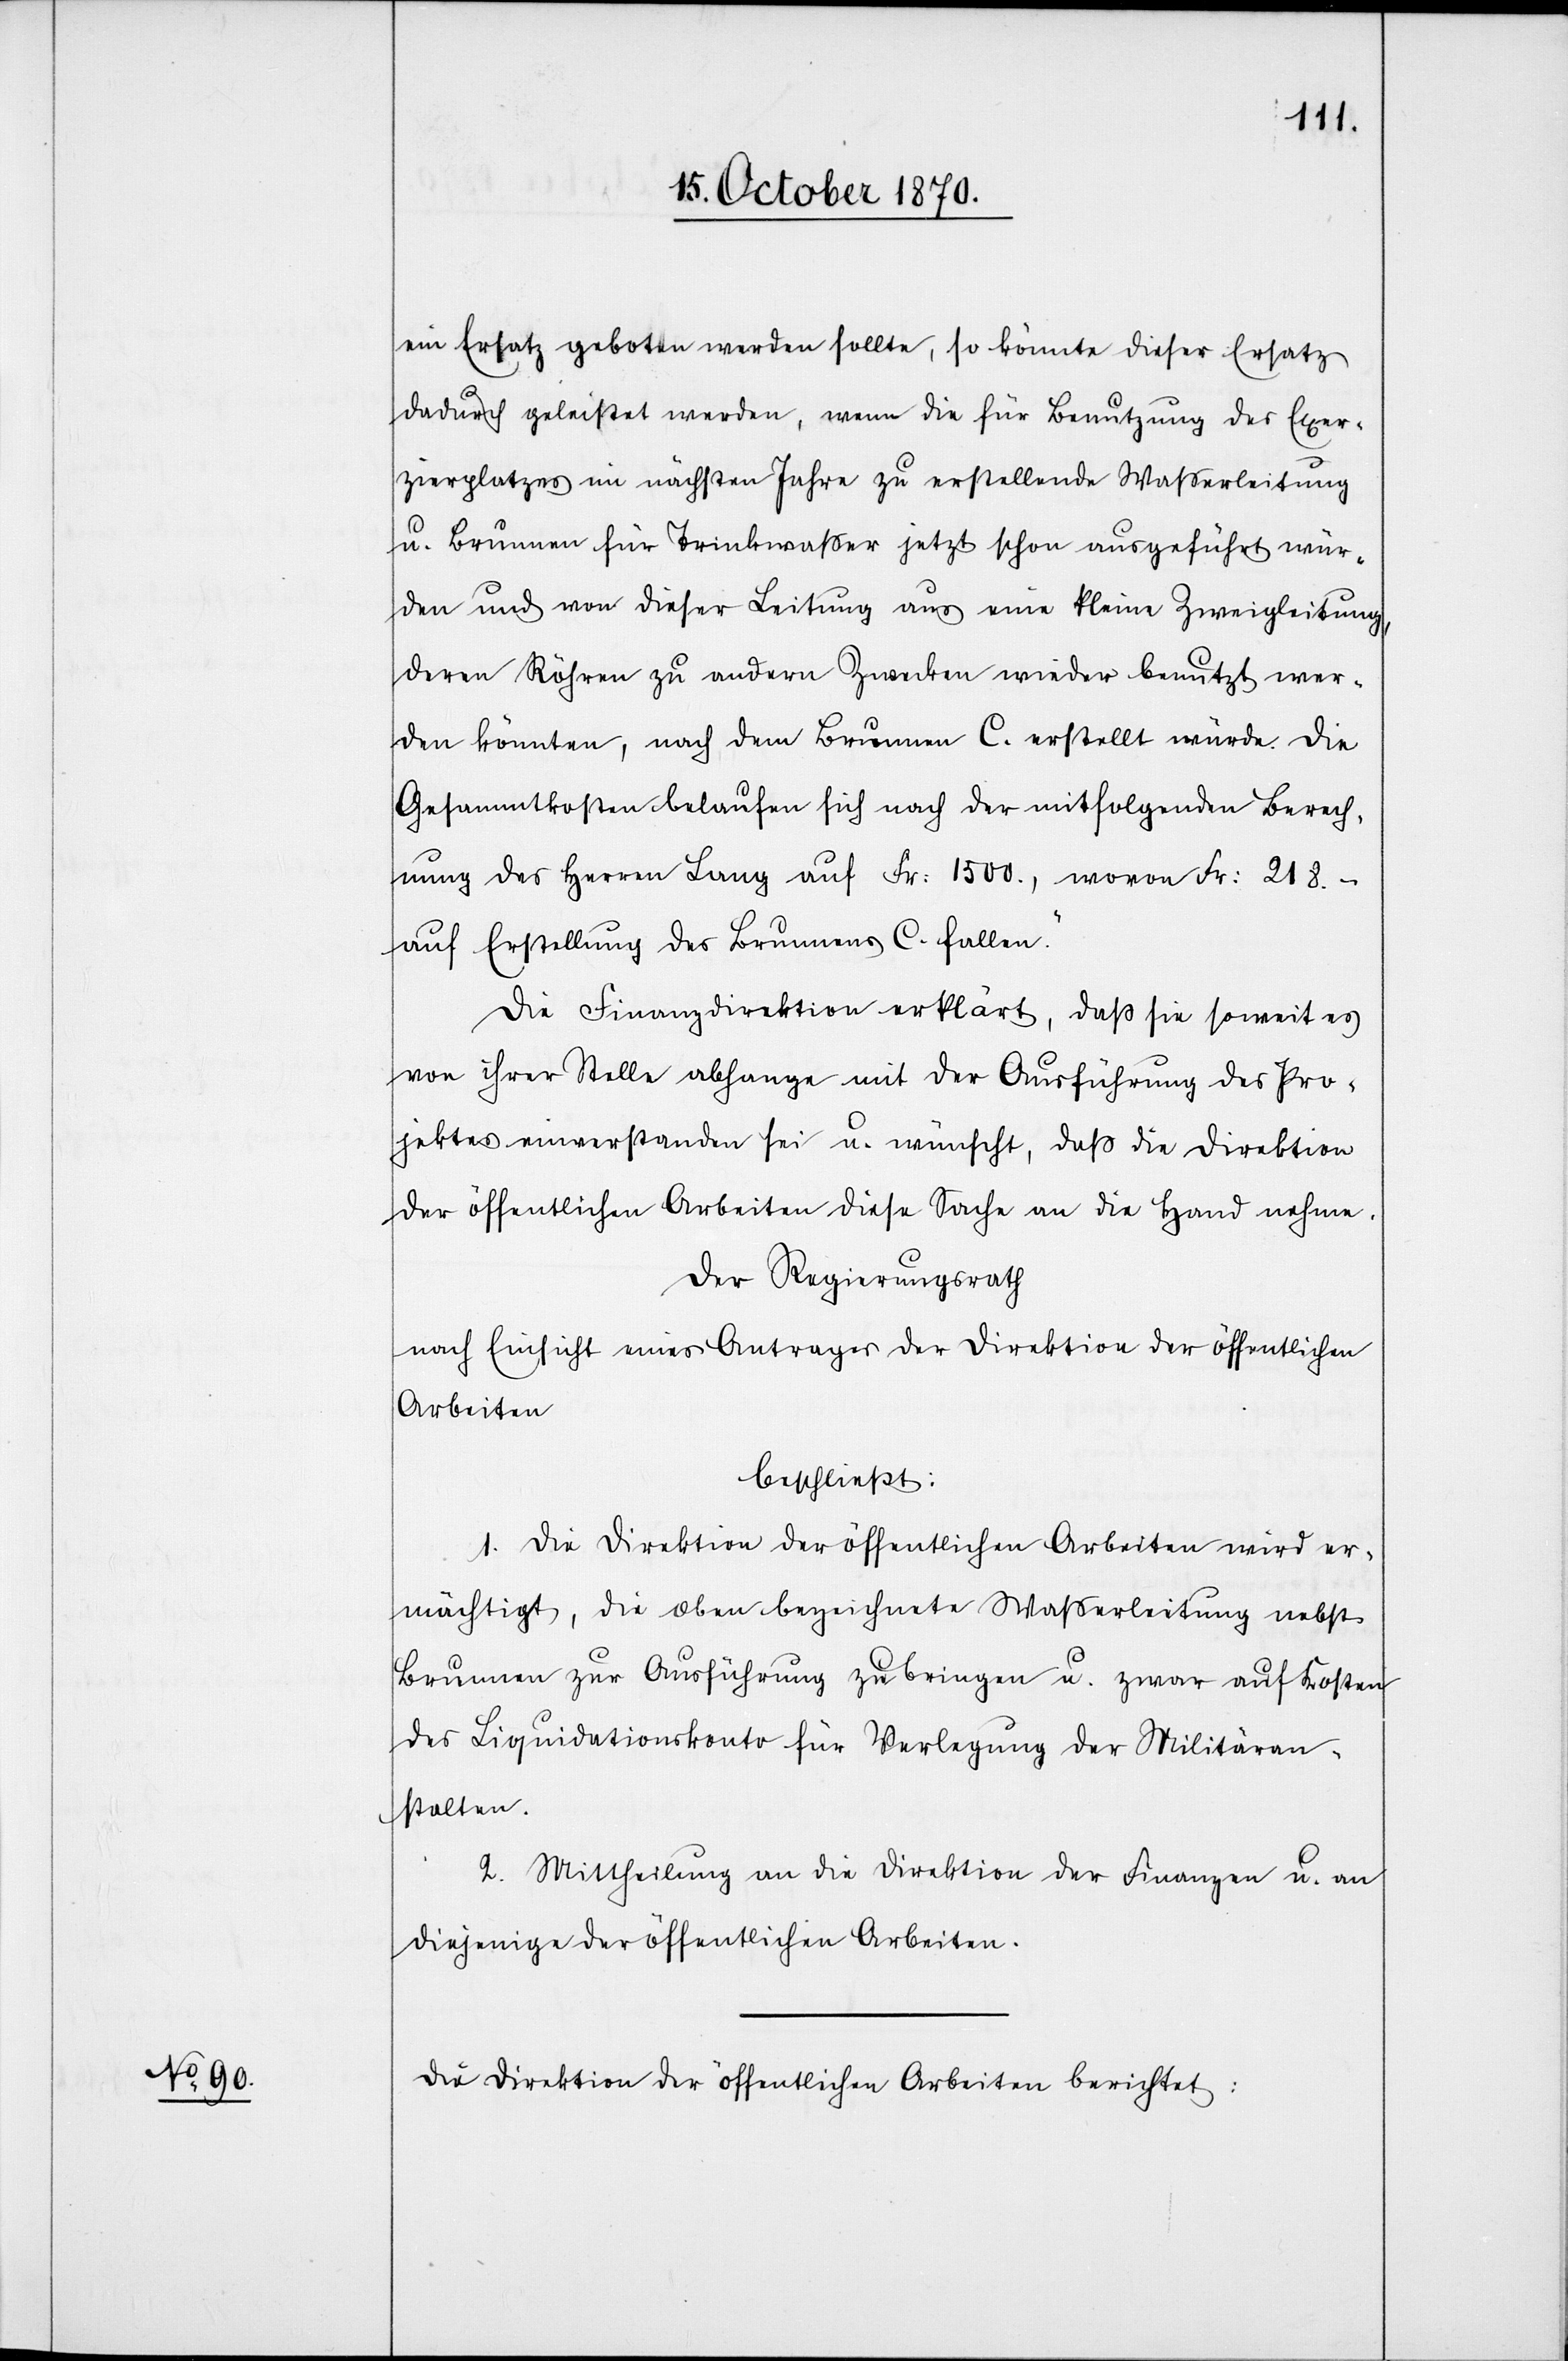
ein Ersatz geboten werden sollte, so könnte dieser Ersatz
dadurch geleistet werden, wenn die für Benutzung des Exer¬
zirplatzes im nächsten Jahre zu erstellende Wasserleitung
u. Brunnen für Trinkwasser jetzt schon ausgeführt wür¬
den und von dieser Leitung aus eine kleine Zweigleitung
deren Röhren zu andern Zwecken wieder benutzt wer¬
den könnten, nach dem Brunnen C. erstellt würde. Die
Gesammtkosten belaufen sich nach der mitfolgenden Berech¬
nung des Herren Lang auf Fr: 1500., wovon Fr: 218.–
auf Erstellung des Brunnens C. fallen.“
Die Finanzdirektion erklärt, daß sie soweit es
von ihrer Stelle abhange mit der Ausführung des Pro¬
jektes einverstanden sei u. wünscht, daß die Direktion
der öffentlichen Arbeiten diese Sache an die Hand nehme.
Der Regierungsrath
nach Einsicht eines Antrages der Direktion der öffentlichen
Arbeiten
beschließt:
1. Die Direktion der öffentlichen Arbeiten wird er¬
mächtigt, die oben bezeichnete Wasserleitung nebst
Brunnen zur Ausführung zu bringen u. zwar auf Kosten
des Liquidationskonto für Verlegung der Militäran¬
stalten.
2. Mittheilung an die Direktion der Finanzen u. an
diejenige der öffentlichen Arbeiten.
Die Direktion der öffentlichen Arbeiten berichtet: